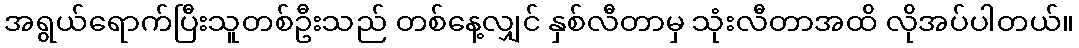
အရွယ်ရောက်ပြီးသူတစ်ဦးသည် တစ်နေ့လျှင် နှစ်လီတာမှ သုံးလီတာအထိ လိုအပ်ပါတယ်။